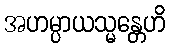
အဟမ္ပာယသ္မန္တေဟိ